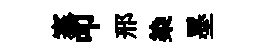
搴叩邢染墨